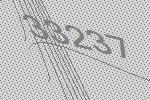
33237